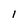
Character: 1